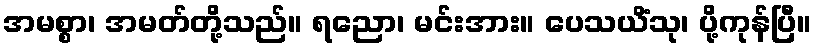
အမစ္စာ၊ အမတ်တို့သည်။ ရညော၊ မင်းအား။ ပေသယိံသု၊ ပို့ကုန်ပြီ။